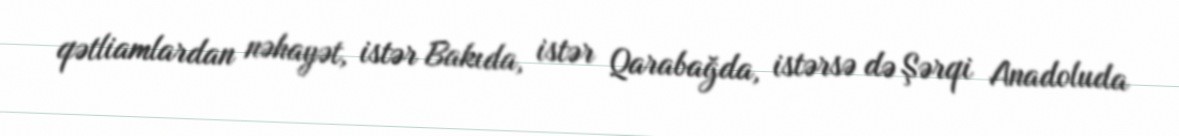
qətliamlardan nəhayət, istər Bakıda, istər Qarabağda, istərsə də Şərqi Anadoluda